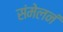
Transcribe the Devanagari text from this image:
संमेलनं